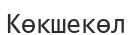
Көкшекөл